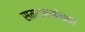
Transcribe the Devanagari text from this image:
समाजासोबतचे